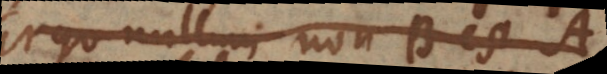
est nullum non-B est A